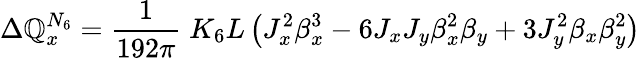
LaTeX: \Delta\mathbb{Q}_{x}^{N_{6}}=\frac{{1}}{{192\pi}}\; K_{6}L\left(J_{x}^{2}\beta_{x}^{3}-6J_{x}J_{y}\beta_{x}^{2}\beta_{y}+3J_{y}^{2}\beta_{x}\beta_{y}^{2}\right)